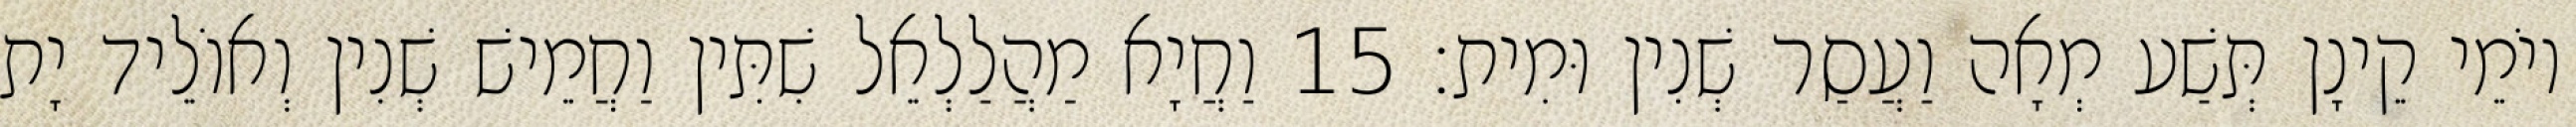
יוֹמֵי קֵינָן תְּשַׁע מְאָה וַעֲסַר שְׁנִין וּמִית׃ 15 וַחֲיָא מַהֲלַלְאֵל שִׁתִּין וַחֲמֵישׁ שְׁנִין וְאוֹלֵיד יָת